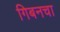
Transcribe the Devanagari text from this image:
गिबनचा